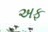
અફ